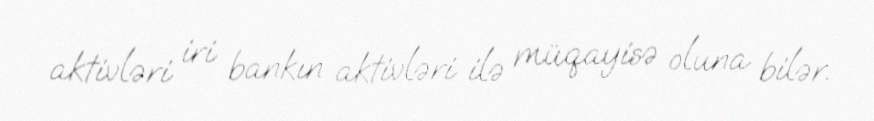
aktivləri iri bankın aktivləri ilə müqayisə oluna bilər.